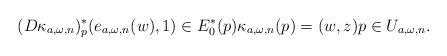
LaTeX: \begin{align*}(D\kappa_{a,\omega,n})^*_p(e_{a,\omega,n}(w),1)\in E_0^*(p)\kappa_{a,\omega,n}(p)=(w,z) p\in U_{a,\omega,n}.\end{align*}